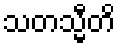
သတသ္မီတိ